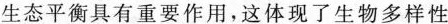
生态平衡具有重要作用，这体现了生物多样性